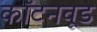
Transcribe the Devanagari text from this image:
कॉटनवूड